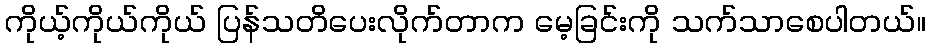
ကိုယ့်ကိုယ်ကိုယ် ပြန်သတိပေးလိုက်တာက မေ့ခြင်းကို သက်သာစေပါတယ်။